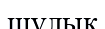
шүлық